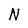
Character: N